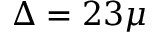
\Delta = 2 3 \mu